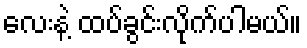
လေးနဲ့ ထပ်ခွင်းလိုက်ပါမယ်။